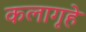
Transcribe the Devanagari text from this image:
कलागृहे